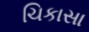
ચિકાસા